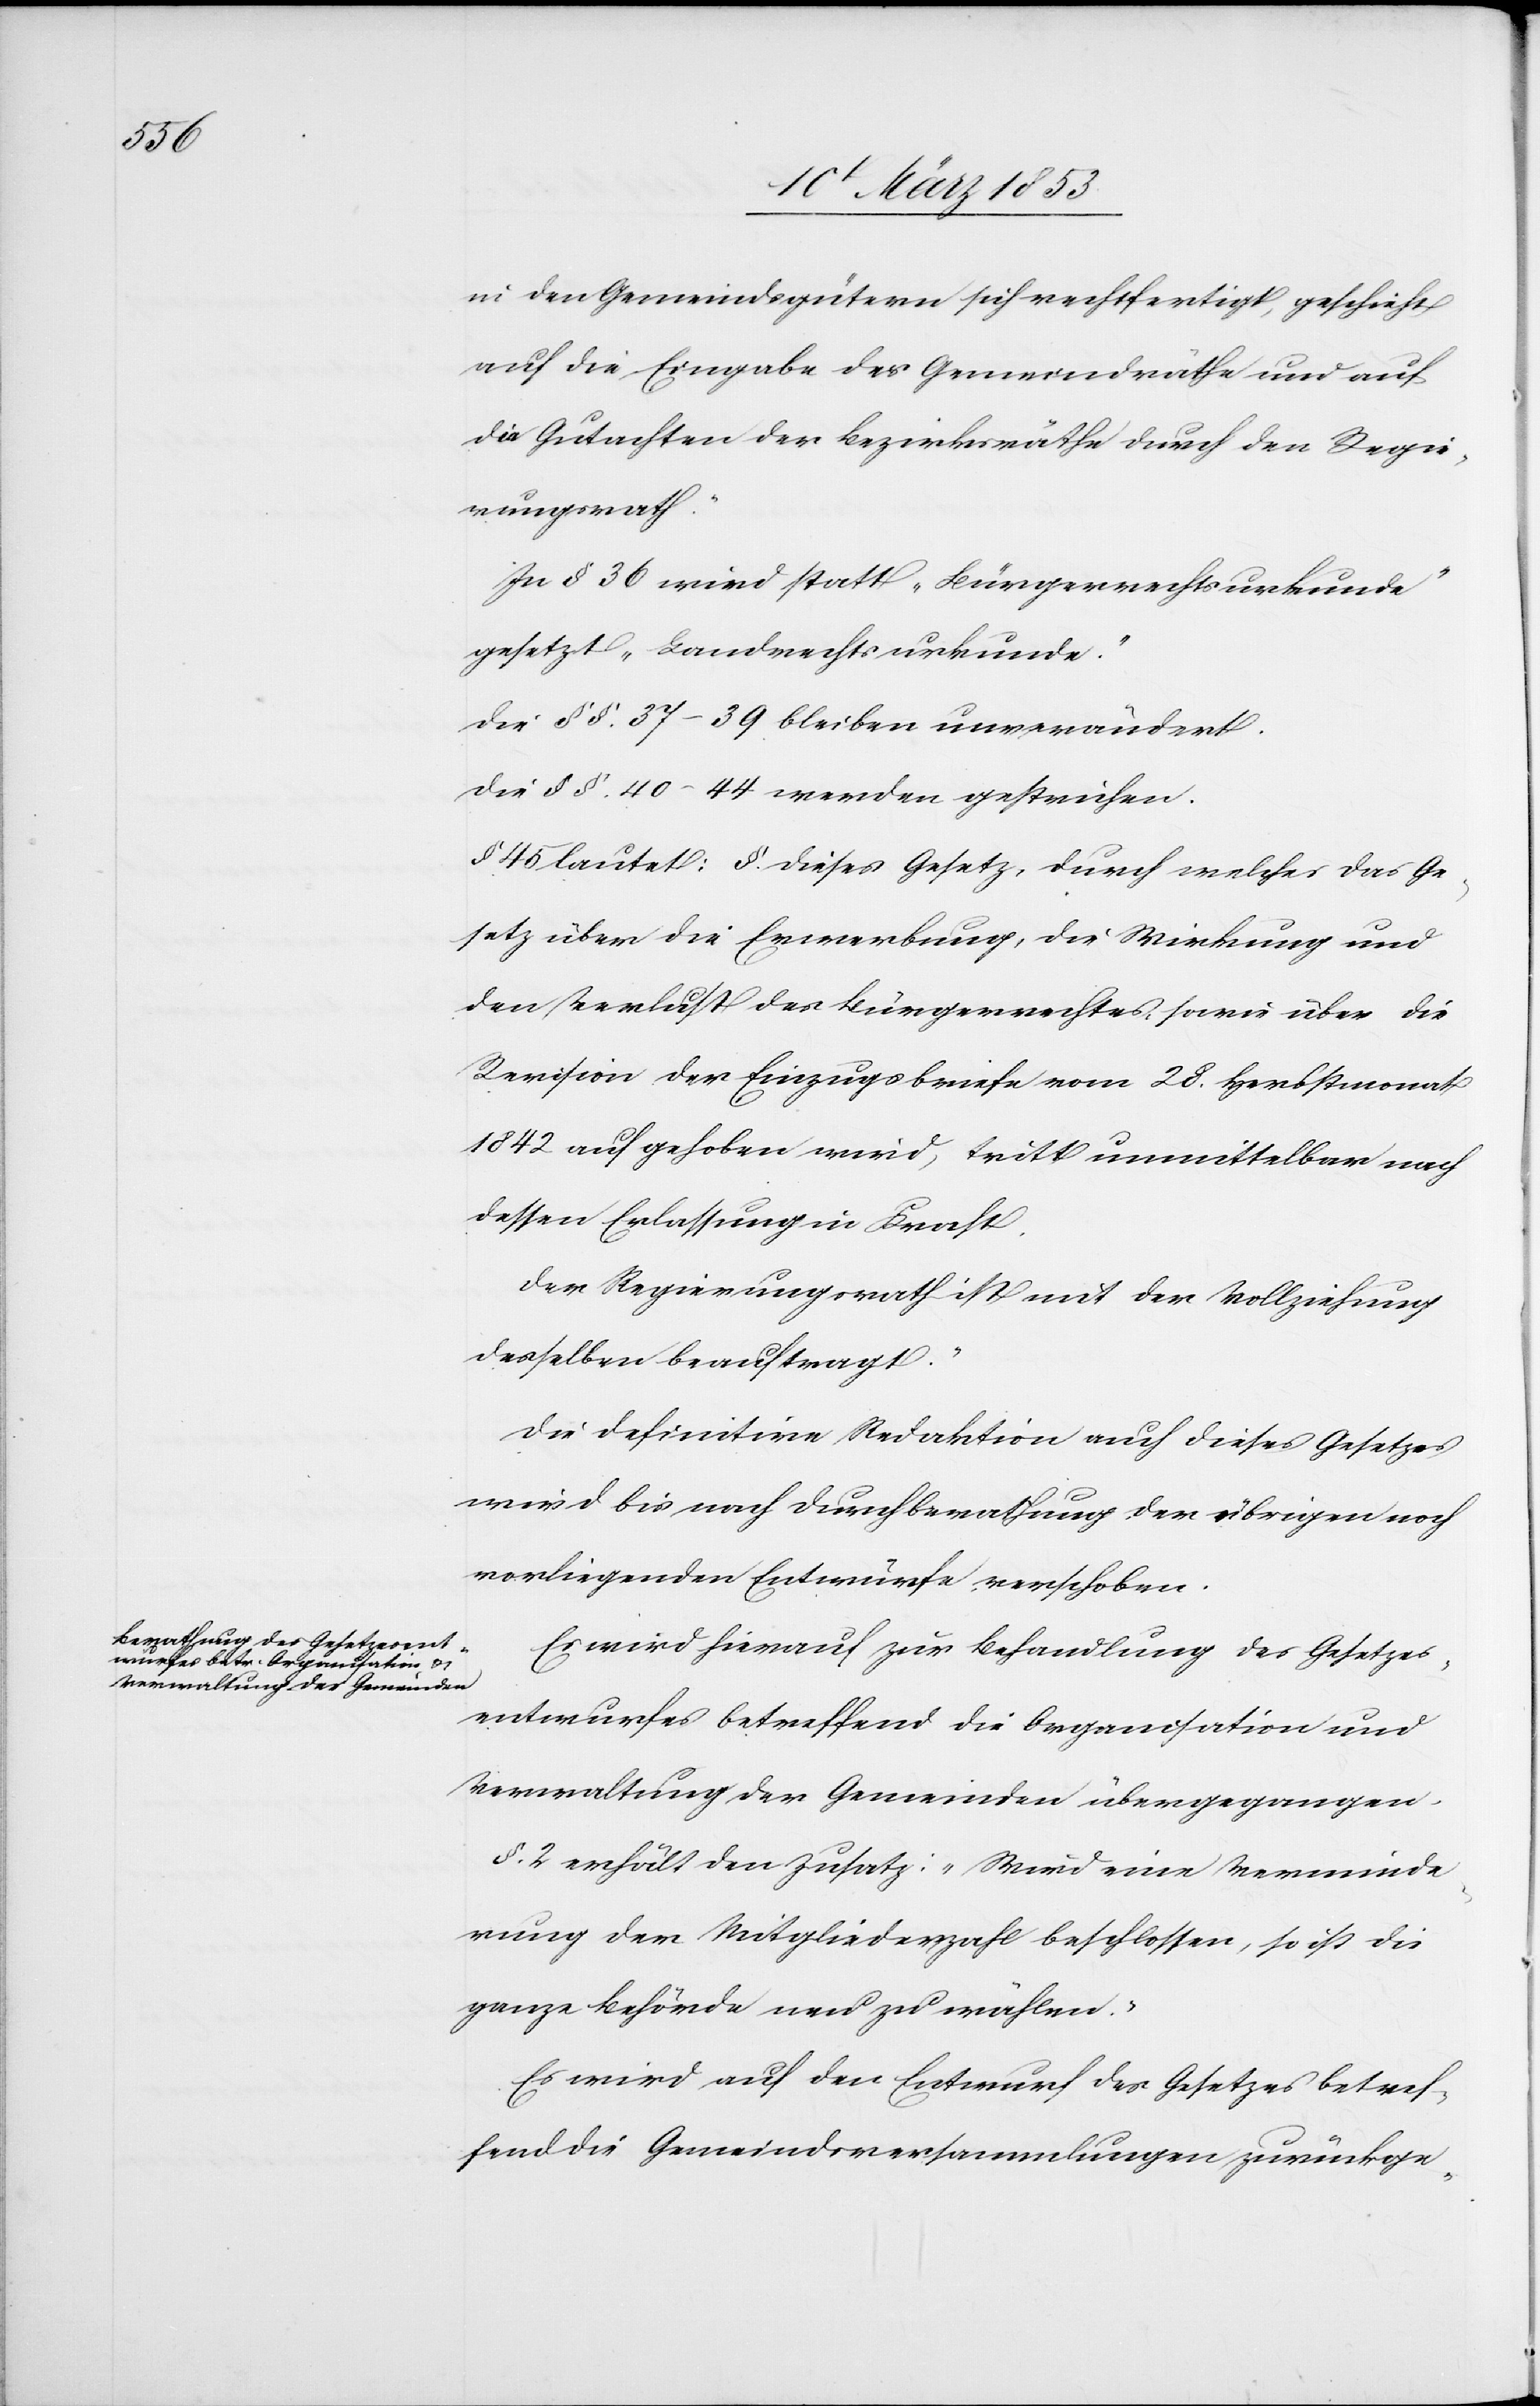
in den Gemeindsgütern sich rechtfertigt, geschieht
auf die Eingabe der Gemeindräthe und auf
die Gutachten der Bezirksräthe durch den Regie¬
rungsrath.“
In § 36 wird statt „Bürgerrechtsurkunde“
gesetzt „Landrechtsurkunde.“
Die §§ 37–39. bleiben unverändert.
Die §§ 40–44 werden gestrichen.
§ 45 lautet: §. dieses Gesetz, durch welches das Ge¬
setz über die Erwerbung, die Wirkung und
den Verlust des Bürgerrechtes, sowie über die
Revision der Einzugsbriefe vom 28. Herbstmonat
1842 aufgehoben wird, tritt unmittelbar nach
dessen Erlassung in Kraft.
Der Regierungsrath ist mit der Vollziehung
desselben beauftragt.“
Die definitive Redaktion auch dieses Gesetzes
wird bis nach Durchberathung der übrigen noch
vorliegenden Entwürfe verschoben.
Es wird hierauf zur Behandlung des Gesetzes¬
entwurfes betreffend die Organisation und
Verwaltung der Gemeinden übergegangen.
§. 2 erhält den Zusatz: „Wird eine Verminde¬
rung der Mitgliederzahl beschlossen, so ist die
ganze Behörde neu zu wählen.“
Es wird auf den Entwurf des Gesetzes betref¬
fend die Gemeindsversammlung zurückge-